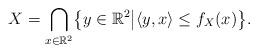
LaTeX: \begin{align*}X=\bigcap_{x\in\mathbb{R}^2}\bigl\lbrace y\in\mathbb{R}^2 \big\vert\langle y,x\rangle\leq f_X(x)\bigr\rbrace. \end{align*}